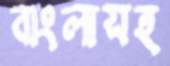
বাংলাসহ